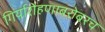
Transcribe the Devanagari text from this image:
गिर्यारोहणाबरोबरच